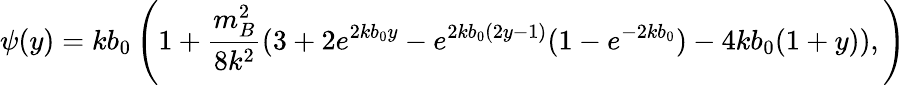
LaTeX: \psi(y)=kb_{0}\left(1+\frac{m_{B}^{2}}{8k^{2}}(3+2e^{2kb_{0}y}-e^{2kb_{0}(2y-1)}(1-e^{-2kb_{0}})-4kb_{0}(1+y)),\right)